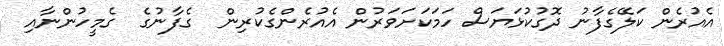
އެއުރެން ކަލޭގެފާނު ދޮގުކުޅަޔަސް ހަމަކަށަވަރުން އެއުރެންގެކުރިން  ގެފާނުގެ  ގެމީހުންނާއި